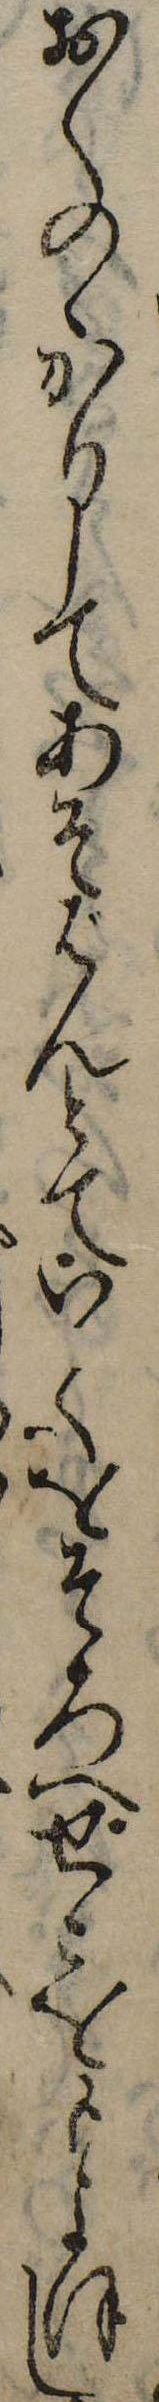
おくのゝかりしてあそばんとていてをそろへせこをもよほし